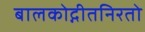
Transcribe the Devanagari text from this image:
बालकोद्गीतनिरतो